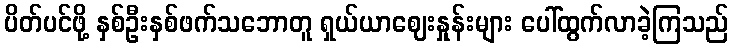
ပိတ်ပင်ဖို့ နှစ်ဦးနှစ်ဖက်သဘောတူ ရှယ်ယာဈေးနှုန်းများ ပေါ်ထွက်လာခဲ့ကြသည်